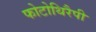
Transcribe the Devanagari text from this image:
फोटोथिरैपी